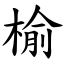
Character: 榆